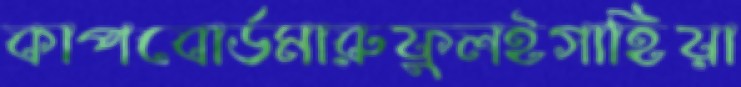
কাপবোর্ডমারুফুলইগাহিয়া